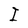
Character: I